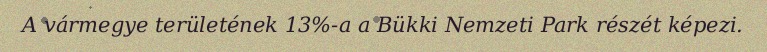
A vármegye területének 13%-a a Bükki Nemzeti Park részét képezi.